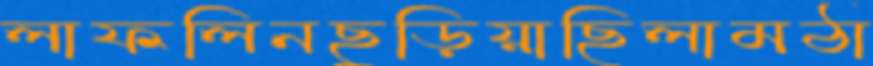
লাফলিনছুড়িয়াছিলামঠা